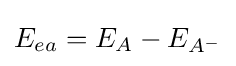
E_{ea}=E_{A}-E_{A^{-}}